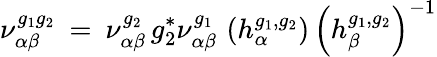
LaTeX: \nu_{\alpha\beta}^{g_{1}g_{2}}\: =\: \nu_{\alpha\beta}^{g_{2}}\, g_{2}^{*}\nu_{\alpha\beta}^{g_{1}}\, \left(h_{\alpha}^{g_{1},g_{2}}\right)\, \left(h_{\beta}^{g_{1},g_{2}}\right)^{-1}